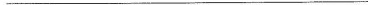
___